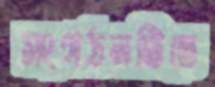
সংগঠনটিতে